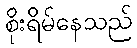
စိုးရိမ်နေသည်